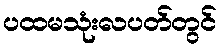
ပထမသုံးလပတ်တွင်